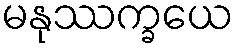
မနုဿက္ခယေ